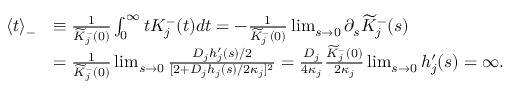
\begin{array} { r l } { \langle t \rangle _ { - } } & { \equiv \frac { 1 } { \widetilde { K } _ { j } ^ { - } ( 0 ) } \int _ { 0 } ^ { \infty } t K _ { j } ^ { - } ( t ) d t = - \frac { 1 } { \widetilde { K } _ { j } ^ { - } ( 0 ) } \operatorname* { l i m } _ { s \rightarrow 0 } \partial _ { s } \widetilde { K } _ { j } ^ { - } ( s ) } \\ & { = \frac { 1 } { \widetilde { K } _ { j } ^ { - } ( 0 ) } \operatorname* { l i m } _ { s \rightarrow 0 } \frac { D _ { j } h _ { j } ^ { \prime } ( s ) / 2 } { [ 2 + D _ { j } h _ { j } ( s ) / 2 \kappa _ { j } ] ^ { 2 } } = \frac { D _ { j } } { 4 \kappa _ { j } } \frac { \widetilde { K } _ { j } ^ { - } ( 0 ) } { 2 \kappa _ { j } } \operatorname* { l i m } _ { s \rightarrow 0 } h _ { j } ^ { \prime } ( s ) = \infty . } \end{array}